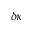
\delta \kappa